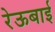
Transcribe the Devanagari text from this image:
रेऊबाई